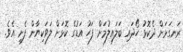
ރަނގަޅަށް ދެކޮޅު ހޯދައި ބަލައިލުމަށް ފަހު އަޑުގެ ކޮޅަށް ލަވަކިޔާން ފެށި އެވެ.